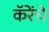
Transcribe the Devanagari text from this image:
कॅरेंचे